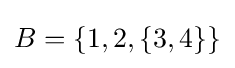
B=\{1,2,\{3,4\}\}